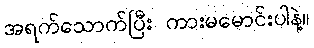
အရက်သောက်ပြီး ကားမမောင်းပါနဲ့။